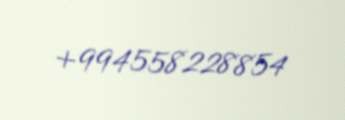
+994558228854